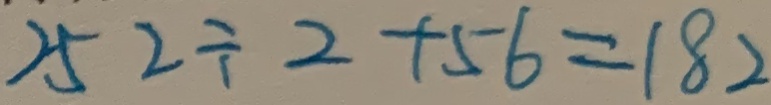
2 5 2 \div 2 + 5 6 = 1 8 2